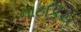
નાટકિય